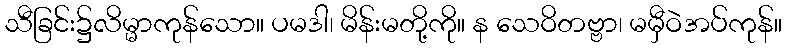
သီခြင်း၌လိမ္မာကုန်သော။ ပမဒါ၊ မိန်းမတို့ကို။ န သေဝိတဗ္ဗာ၊ မမှီဝဲအပ်ကုန်။